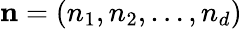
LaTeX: \mathbf{n}=(n_{1},n_{2},\ldots,n_{d})